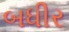
બધીર